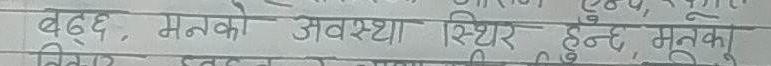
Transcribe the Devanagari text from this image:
बढ्छ, मनको अवस्था स्थिर हुन्छ, मनका